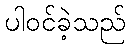
ပါဝင်ခဲ့သည်